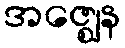
အဇ္ဈေန